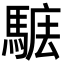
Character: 𩣴